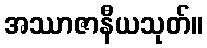
အဿာဇာနီယသုတ်။